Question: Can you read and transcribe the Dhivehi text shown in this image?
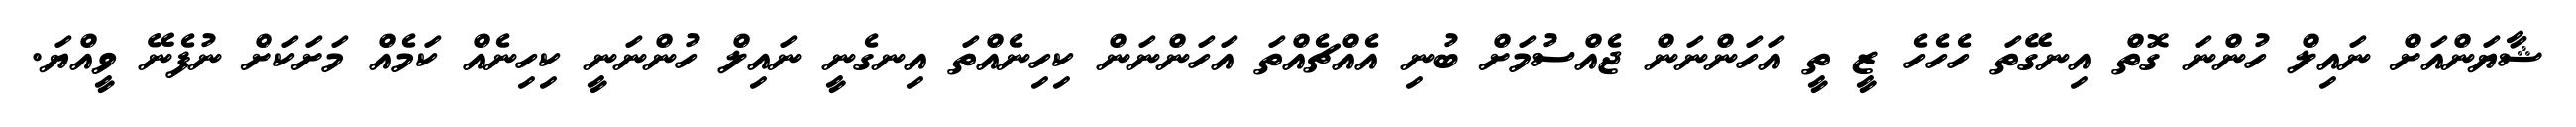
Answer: ޝާޔަންއަށް ނައިލް ހުންނަ ގޮތް އިނގޭތަ ހެހެހެ ޒީ ތީ އަހަންނަން ޖެއްސުމަށް ބުނި އެއްޗެއްތަ އަހަންނަން ކިހިނެއްތަ އިނގެނީ ނައިލް ހުންނަނީ ކިހިނެއް ކަމެއް މަށަކަށް ނުފެނޭ ވީއްޔަ.